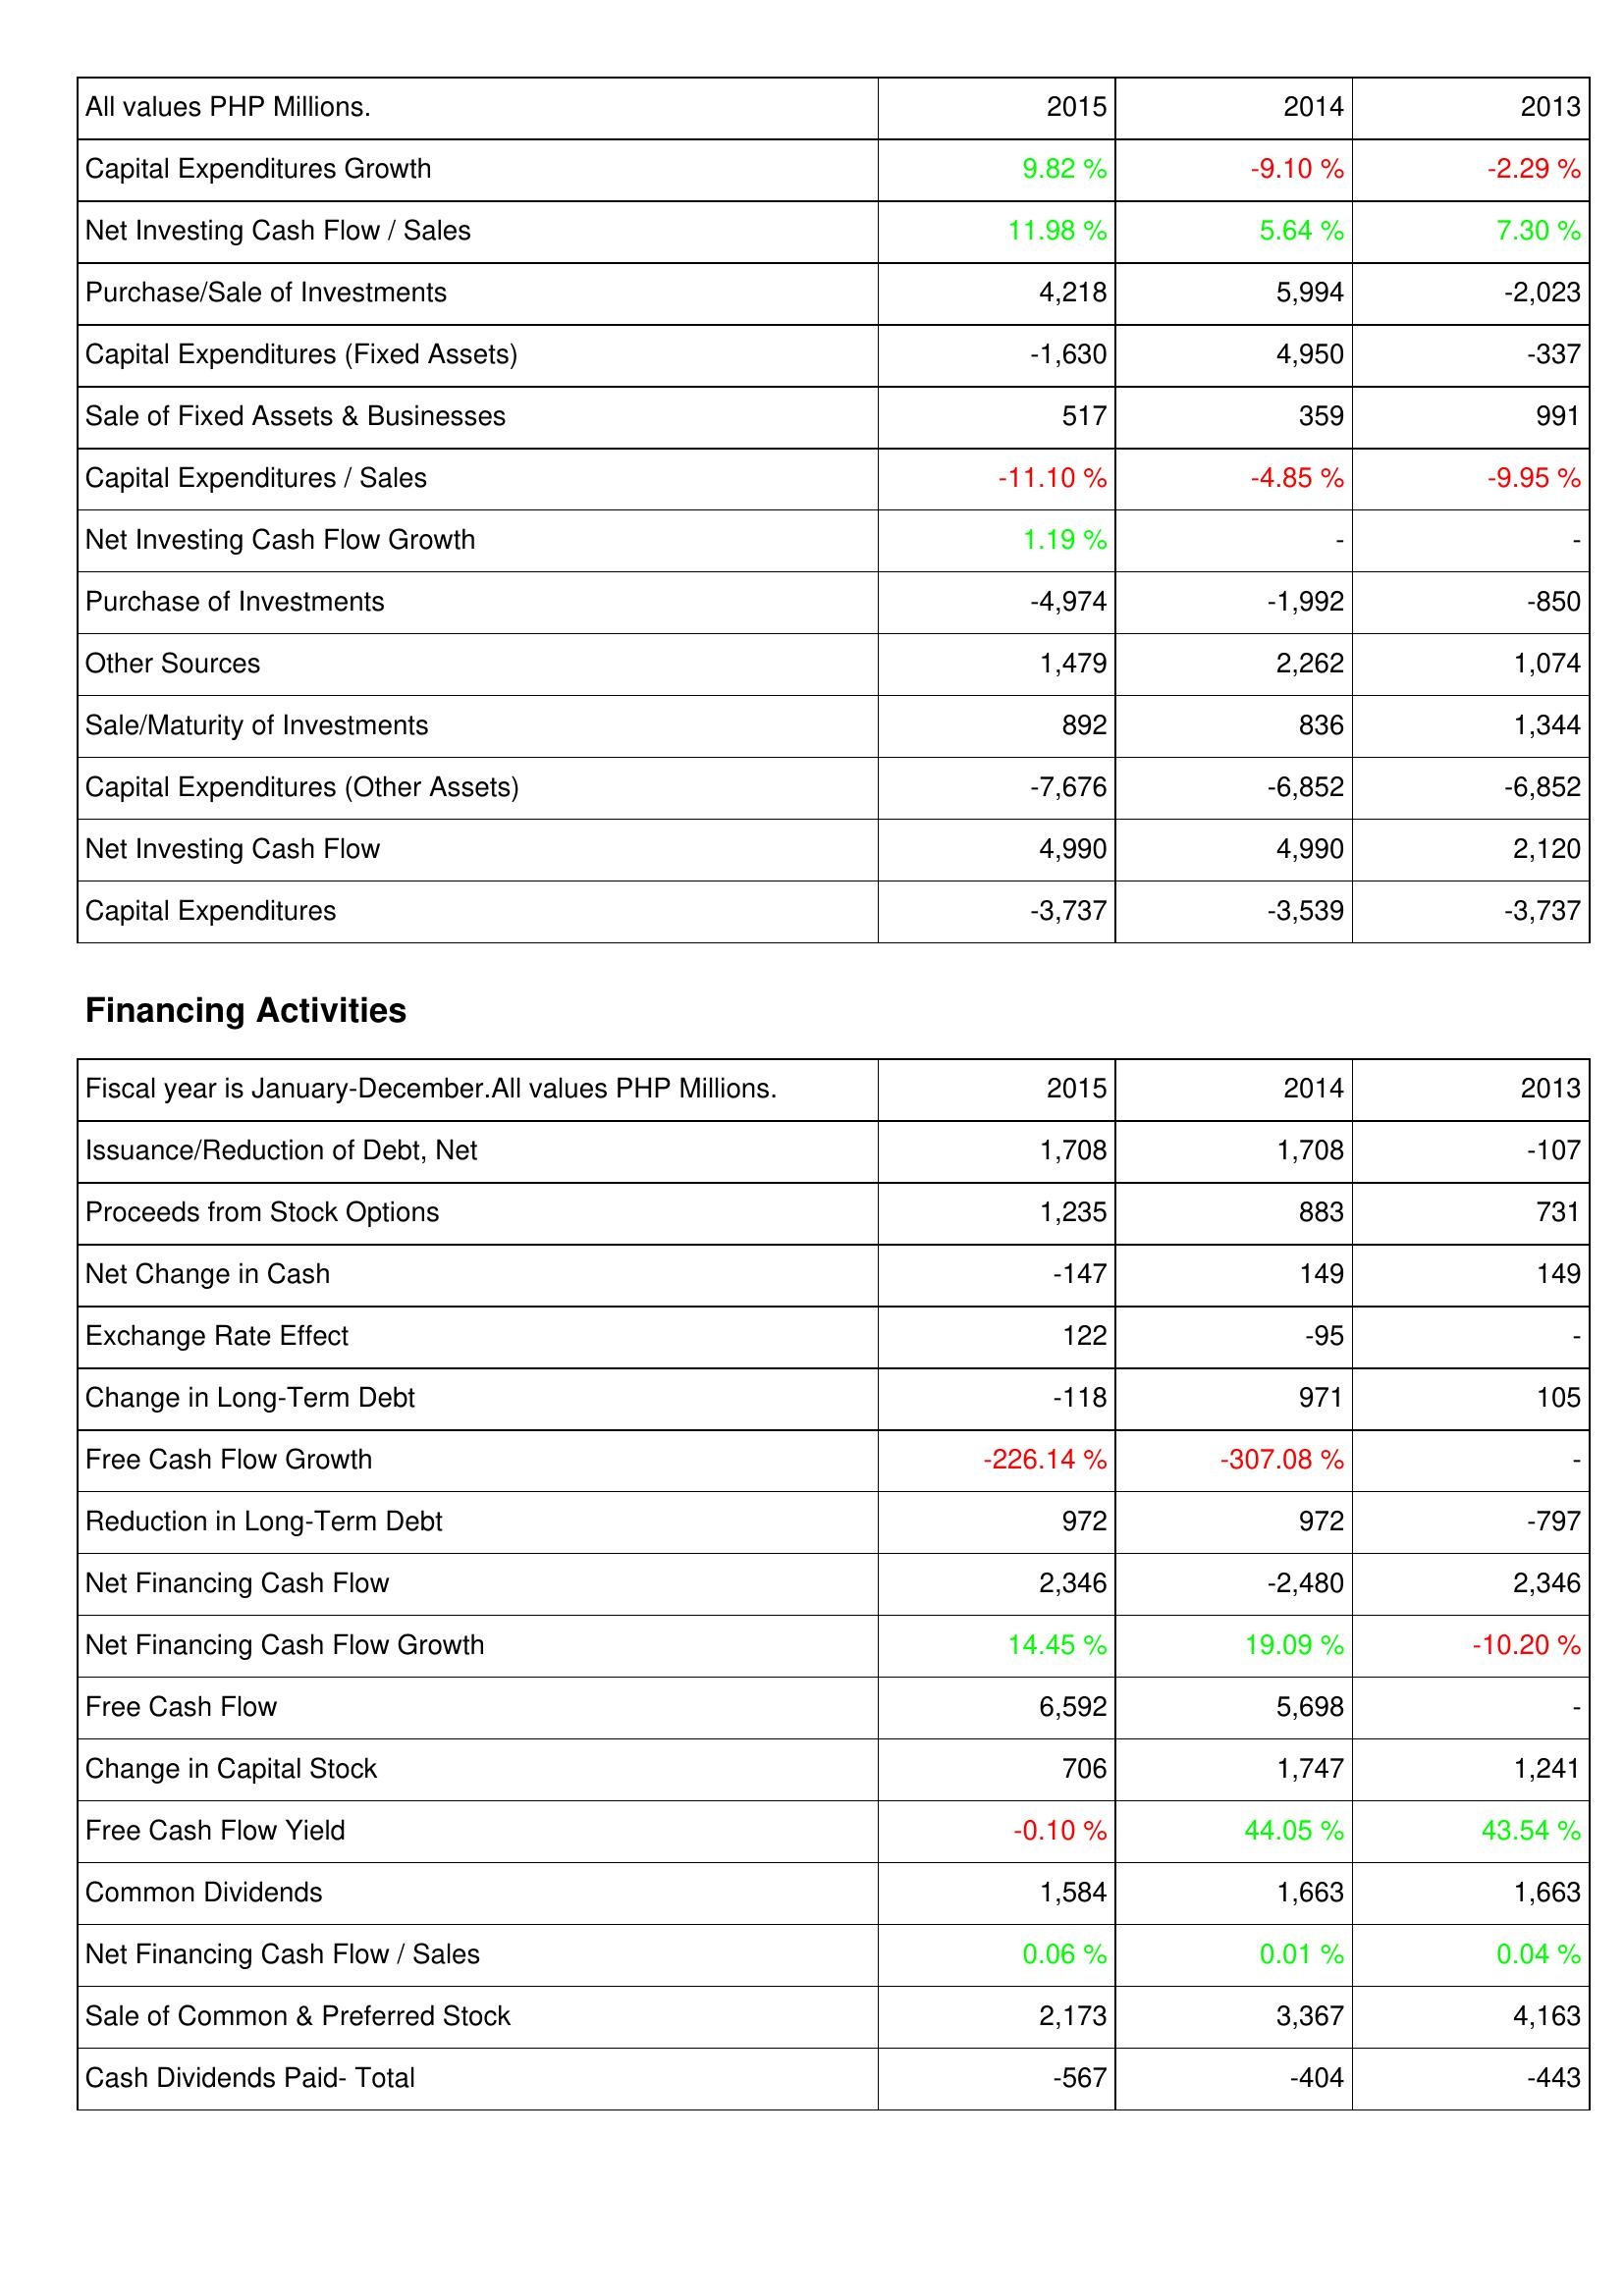
2015: Investing Activities: Capital Expenditures Growth: 9.82 %
Net Investing Cash Flow / Sales: 11.98 %
Purchase/Sale of Investments: 4,218
Capital Expenditures (Fixed Assets): -1,630
Sale of Fixed Assets & Businesses: 517
Capital Expenditures / Sales: -11.10 %
Net Investing Cash Flow Growth: 1.19 %
Purchase of Investments: -4,974
Other Sources: 1,479
Sale/Maturity of Investments: 892
Capital Expenditures (Other Assets): -7,676
Net Investing Cash Flow: 4,990
Capital Expenditures: -3,737
Financing Activities: Issuance/Reduction of Debt, Net: 1,708
Proceeds from Stock Options: 1,235
Net Change in Cash: -147
Exchange Rate Effect: 122
Change in Long-Term Debt: -118
Free Cash Flow Growth: -226.14 %
Reduction in Long-Term Debt: 972
Net Financing Cash Flow: 2,346
Net Financing Cash Flow Growth: 14.45 %
Free Cash Flow: 6,592
Change in Capital Stock: 706
Free Cash Flow Yield: -0.10 %
Common Dividends: 1,584
Net Financing Cash Flow / Sales: 0.06 %
Sale of Common & Preferred Stock: 2,173
Cash Dividends Paid- Total: -567
2014: Investing Activities: Capital Expenditures Growth: -9.10 %
Net Investing Cash Flow / Sales: 5.64 %
Purchase/Sale of Investments: 5,994
Capital Expenditures (Fixed Assets): 4,950
Sale of Fixed Assets & Businesses: 359
Capital Expenditures / Sales: -4.85 %
Net Investing Cash Flow Growth: -
Purchase of Investments: -1,992
Other Sources: 2,262
Sale/Maturity of Investments: 836
Capital Expenditures (Other Assets): -6,852
Net Investing Cash Flow: 4,990
Capital Expenditures: -3,539
Financing Activities: Issuance/Reduction of Debt, Net: 1,708
Proceeds from Stock Options: 883
Net Change in Cash: 149
Exchange Rate Effect: -95
Change in Long-Term Debt: 971
Free Cash Flow Growth: -307.08 %
Reduction in Long-Term Debt: 972
Net Financing Cash Flow: -2,480
Net Financing Cash Flow Growth: 19.09 %
Free Cash Flow: 5,698
Change in Capital Stock: 1,747
Free Cash Flow Yield: 44.05 %
Common Dividends: 1,663
Net Financing Cash Flow / Sales: 0.01 %
Sale of Common & Preferred Stock: 3,367
Cash Dividends Paid- Total: -404
2013: Investing Activities: Capital Expenditures Growth: -2.29 %
Net Investing Cash Flow / Sales: 7.30 %
Purchase/Sale of Investments: -2,023
Capital Expenditures (Fixed Assets): -337
Sale of Fixed Assets & Businesses: 991
Capital Expenditures / Sales: -9.95 %
Net Investing Cash Flow Growth: -
Purchase of Investments: -850
Other Sources: 1,074
Sale/Maturity of Investments: 1,344
Capital Expenditures (Other Assets): -6,852
Net Investing Cash Flow: 2,120
Capital Expenditures: -3,737
Financing Activities: Issuance/Reduction of Debt, Net: -107
Proceeds from Stock Options: 731
Net Change in Cash: 149
Exchange Rate Effect: -
Change in Long-Term Debt: 105
Free Cash Flow Growth: -
Reduction in Long-Term Debt: -797
Net Financing Cash Flow: 2,346
Net Financing Cash Flow Growth: -10.20 %
Free Cash Flow: -
Change in Capital Stock: 1,241
Free Cash Flow Yield: 43.54 %
Common Dividends: 1,663
Net Financing Cash Flow / Sales: 0.04 %
Sale of Common & Preferred Stock: 4,163
Cash Dividends Paid- Total: -443